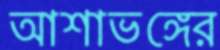
আশাভঙ্গের